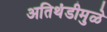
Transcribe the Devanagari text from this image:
अतिथंडीमुळे